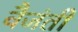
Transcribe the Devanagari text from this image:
वैजंती